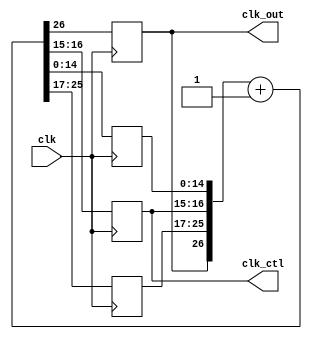
`timescale 1ns / 1ps
//////////////////////////////////////////////////////////////////////////////////
// Company: 
// Engineer: 
// 
// Design Name: 
// Module Name: freqdiv27
// Project Name: 
// Target Devices: 
// Tool Versions: 
// Description: 
// 
// Dependencies: 
// 
// Revision:
// Revision 0.01 - File Created
// Additional Comments:
// 
//////////////////////////////////////////////////////////////////////////////////
`define FREQ_DIV_BIT 27

module freqdiv27(
    clk_out, //divided clk output
    clk_ctl,//ssd
    clk
    );
    output clk_out;
    output [1:0]clk_ctl;
    input clk;
   
    
    reg clk_out;
    reg [1:0]clk_ctl;
    reg [14:0]clk_l;
    reg [8:0]clk_h;
    reg [`FREQ_DIV_BIT-1:0]cnt_tmp;
    //combinational
    always@*
        cnt_tmp = {clk_out, clk_h, clk_ctl, clk_l} + 1'b1;
    //sequential
    always@(posedge clk)
        {clk_out, clk_h, clk_ctl, clk_l} <= cnt_tmp;
endmodule